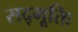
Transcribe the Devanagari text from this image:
सद्भूतिः